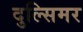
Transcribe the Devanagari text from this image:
दुल्सिमर